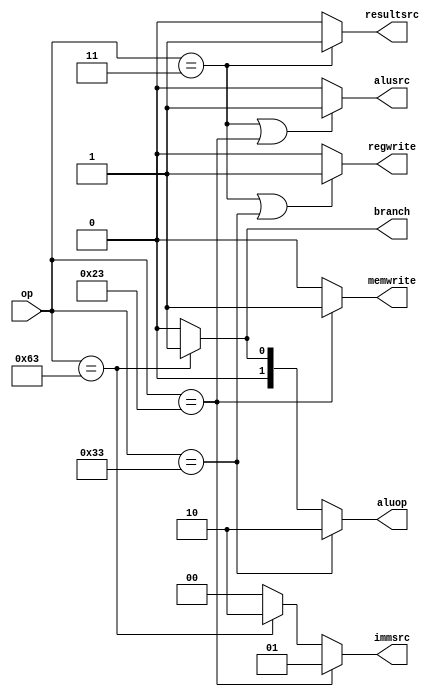
module main_decoder(op,branch,regwrite,memwrite,resultsrc,alusrc,immsrc,aluop);


input [6:0]op;

output regwrite,memwrite,resultsrc,alusrc,branch;
output [1:0] immsrc,aluop;



assign regwrite =((op==7'b0000011)|(op==7'b0110011))?1'b1:1'b0;
assign memwrite=(op==7'b0100011)?1'b1:1'b0;
assign resultsrc=(op==7'b0000011)?1'b1:1'b0;
assign alusrc=((op==7'b0000011)|(op==7'b0100011))?1'b1:1'b0;
assign branch=(op==7'b1100011)?1'b1:1'b0;
assign immsrc=(op==7'b0100011)?2'b01:(op==7'b1100011)?2'b10:2'b00;
assign aluop=(op==7'b0110011)?2'b10:(op==7'b1100011)?2'b01:2'b00;


endmodule

/*module Main_Decoder(Op,RegWrite,ImmSrc,ALUSrc,MemWrite,ResultSrc,Branch,ALUOp);
    input [6:0]Op;
    output RegWrite,ALUSrc,MemWrite,ResultSrc,Branch;
    output [1:0]ImmSrc,ALUOp;

    assign RegWrite = (Op == 7'b0000011 | Op == 7'b0110011) ? 1'b1 :
                                                              1'b0 ;
    assign ImmSrc = (Op == 7'b0100011) ? 2'b01 : 
                    (Op == 7'b1100011) ? 2'b10 :    
                                         2'b00 ;
    assign ALUSrc = (Op == 7'b0000011 | Op == 7'b0100011) ? 1'b1 :
                                                            1'b0 ;
    assign MemWrite = (Op == 7'b0100011) ? 1'b1 :
                                           1'b0 ;
    assign ResultSrc = (Op == 7'b0000011) ? 1'b1 :
                                            1'b0 ;
    assign Branch = (Op == 7'b1100011) ? 1'b1 :
                                         1'b0 ;
    assign ALUOp = (Op == 7'b0110011) ? 2'b10 :
                   (Op == 7'b1100011) ? 2'b01 :
                                        2'b00 ;

endmodule*/